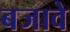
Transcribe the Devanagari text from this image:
बजावे